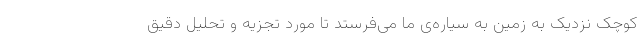
کوچک نزدیک به زمین به سیاره‌ی ما می‌فرستد تا مورد تجزیه و تحلیل دقیق